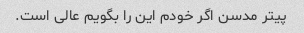
پیتر مدسن اگر خودم این را بگویم عالی است.